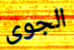
الجوى